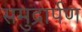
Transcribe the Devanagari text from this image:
समुद्रार्पण